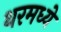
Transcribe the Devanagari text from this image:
थरमध्ये